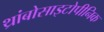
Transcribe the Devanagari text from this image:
थ्रांबोसाइटोपीनिक